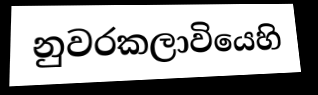
නුවරකලාවියෙහි